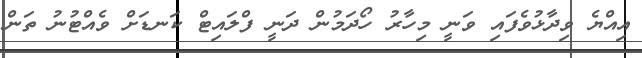
އިއްޔެ ވިދާޅުވެފައި ވަނީ މިހާރު ހޯދަމުން ދަނީ ފްލައިޓް ކަނޑަށް ވެއްޓުނު ތަން